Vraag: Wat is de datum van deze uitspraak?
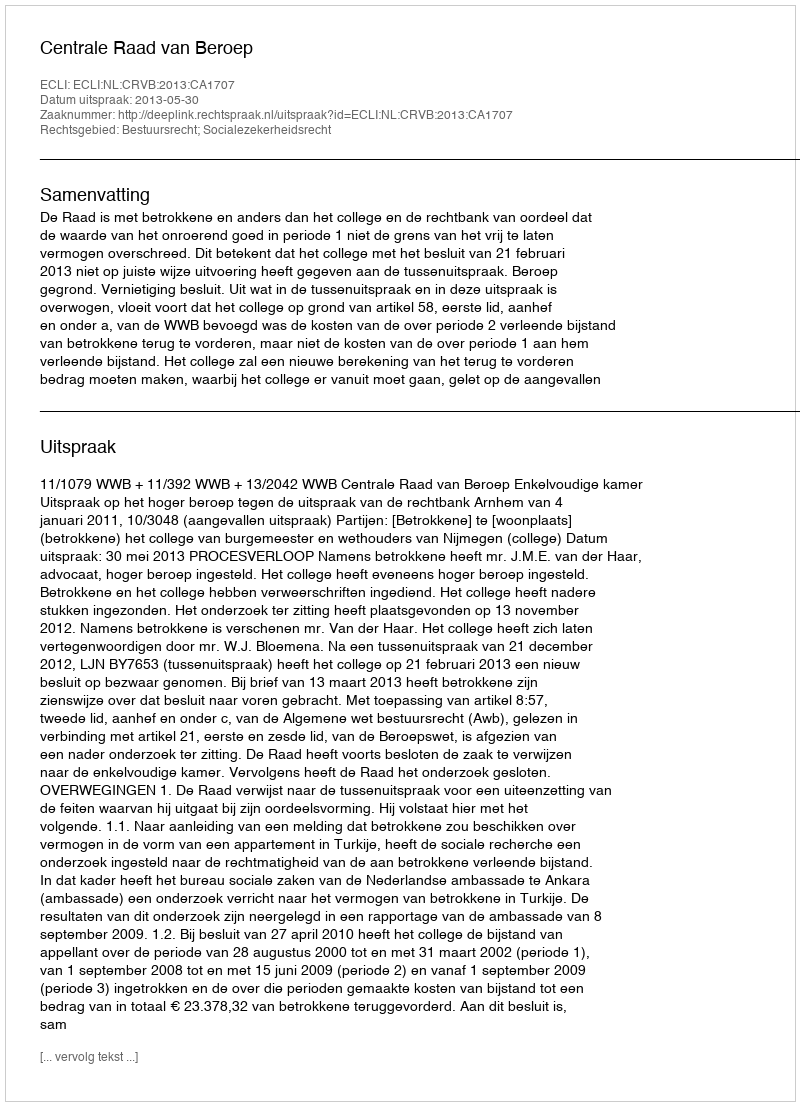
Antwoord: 2013-05-30